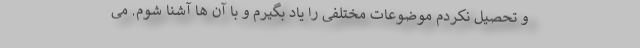
و تحصیل نکردم موضوعات مختلفی را یاد بگیرم و با آن ها آشنا شوم. می